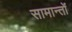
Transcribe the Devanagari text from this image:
सामान्तों